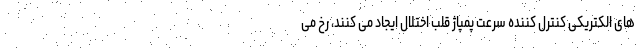
های الکتریکی کنترل کننده سرعت پمپاژ قلب اختلال ایجاد می کنند، رخ می